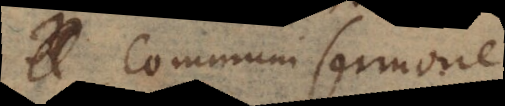
Communi sermone,